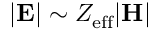
| \mathbf { E } | \sim Z _ { \mathrm { e f f } } | \mathbf { H } |